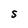
Character: S